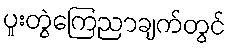
ပူးတွဲကြေညာချက်တွင်